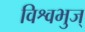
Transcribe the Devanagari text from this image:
विश्वभुज्‌